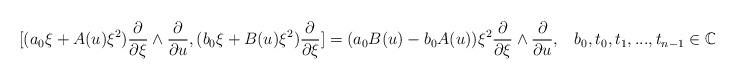
LaTeX: \begin{align*}&[(a_0\xi+A(u)\xi^2)\frac{\partial}{\partial \xi}\wedge \frac{\partial}{\partial u}, (b_0\xi+B(u)\xi^2)\frac{\partial}{\partial \xi}]=(a_0B(u)-b_0A(u)) \xi^2\frac{\partial}{\partial \xi}\wedge \frac{\partial}{\partial u},\,\,\,\,\,b_0,t_0,t_1,...,t_{n-1}\in \mathbb{C}.\end{align*}